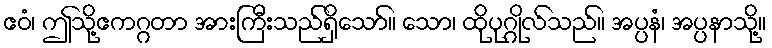
ဧဝံ၊ ဤသို့ဧကဂ္ဂတာ အားကြီးသည်ရှိသော်။ သော၊ ထိုပုဂ္ဂိုလ်သည်။ အပ္ပနံ၊ အပ္ပနာသို့။